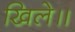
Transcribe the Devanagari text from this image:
खिले॥